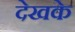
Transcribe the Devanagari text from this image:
देखके